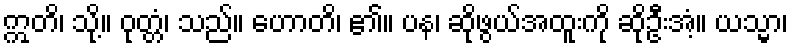
ဣတိ၊ သို့။ ဝုတ္တံ၊ သည်။ ဟောတိ၊ ၏။ ပန၊ ဆိုဖွယ်အထူးကို ဆိုဦးအံ့။ ယသ္မာ၊